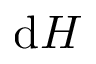
\mathrm { d } H